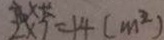
2 \times 7 = 1 4 ( m ^ { 2 } )